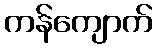
ကန်ကျောက်